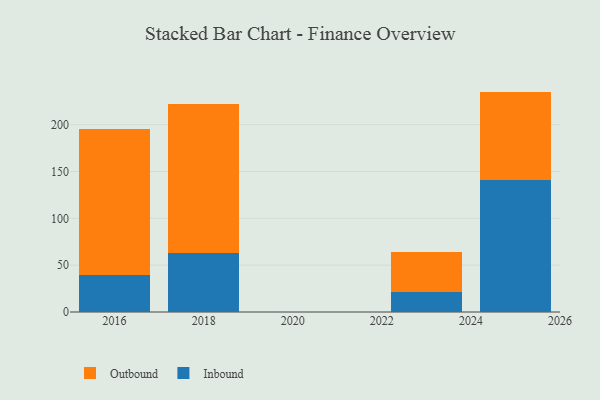
{"axis": {"x": "Year", "y": "Gross Profit (USD K)"}, "legend": ["Inbound", "Outbound"], "data": [{"x": "2023", "y": 21.8, "type": "Inbound"}, {"x": "2023", "y": 42.6, "type": "Outbound"}, {"x": "2016", "y": 39.2, "type": "Inbound"}, {"x": "2016", "y": 156.1, "type": "Outbound"}, {"x": "2025", "y": 140.6, "type": "Inbound"}, {"x": "2025", "y": 94.7, "type": "Outbound"}, {"x": "2018", "y": 62.9, "type": "Inbound"}, {"x": "2018", "y": 159.0, "type": "Outbound"}]}